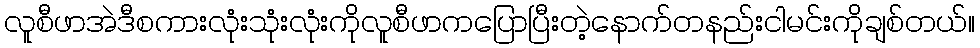
လူစီဖာအဲဒီစကားလုံးသုံးလုံးကိုလူစီဖာကပြောပြီးတဲ့နောက်တနည်းငါမင်းကိုချစ်တယ်။